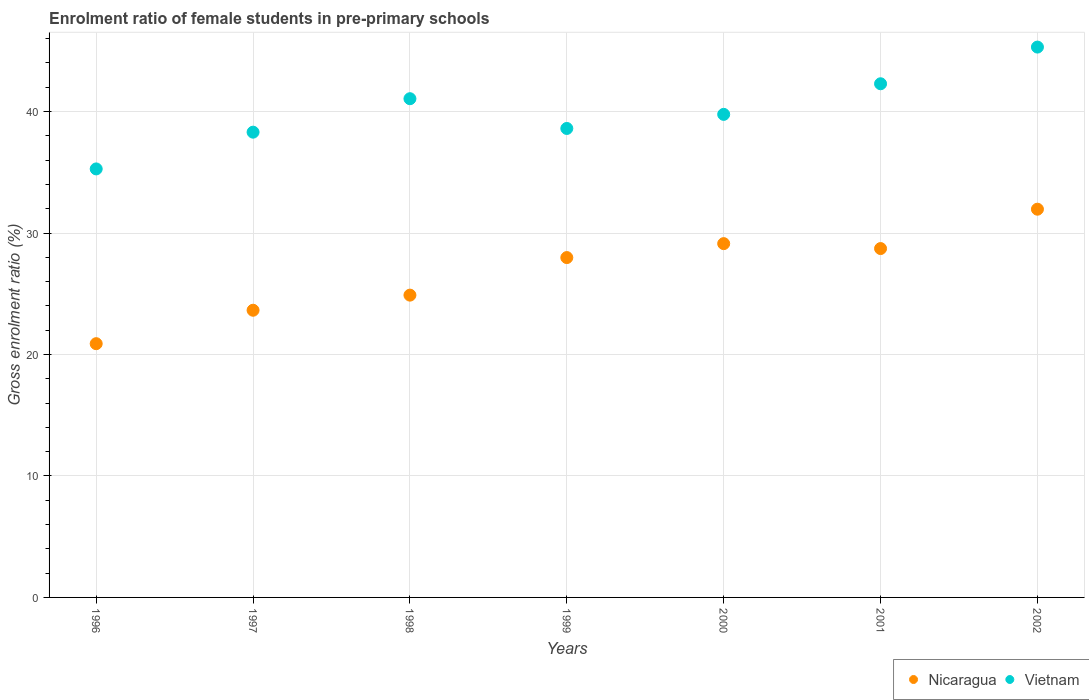
| Years | Nicaragua | Vietnam |
 | --- | --- | --- |
 | 1996 | 20.9 | 35.3 |
 | 1997 | 23.6 | 38.3 |
 | 1998 | 24.9 | 41.1 |
 | 1999 | 28 | 38.6 |
 | 2000 | 29.1 | 39.8 |
 | 2001 | 28.7 | 42.3 |
 | 2002 | 32 | 45.3 |